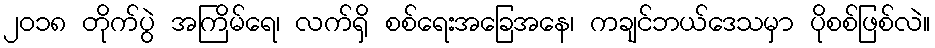
၂၀၁၈ တိုက်ပွဲ အကြိမ်ရေ၊ လက်ရှိ စစ်ရေးအခြေအနေ၊ ကချင်ဘယ်ဒေသမှာ ပိုစစ်ဖြစ်လဲ။